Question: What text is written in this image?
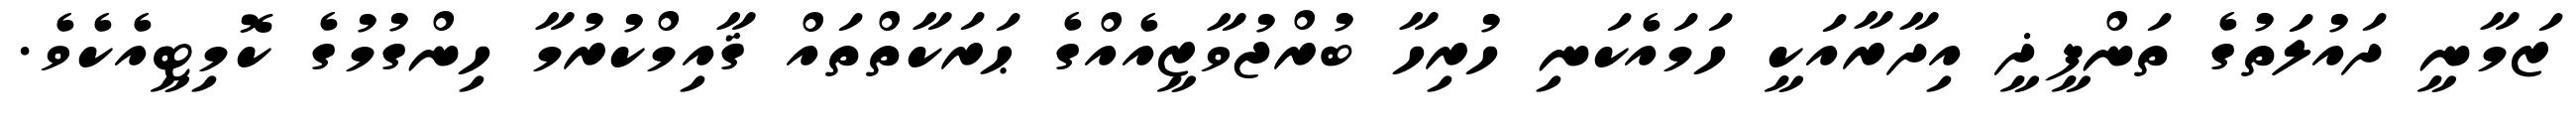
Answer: ޒަމާނީ ދައުލަތުގެ ތަންފީޛީ އިދާރާއަކީ ހަމައެކަނި ހުރިހާ ބުރްޖުވާޒީއެއްގެ ޙަރަކާތްތައް ޤާއިމްކުރުމާ ހިންގުމުގެ ކޮމިޓީއެކެވެ.